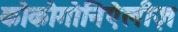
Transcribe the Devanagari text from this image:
कोकोगोनिऐलीज़